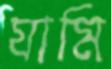
যামি